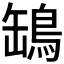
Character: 𦉓